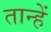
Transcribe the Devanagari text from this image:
तान्हें